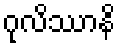
ဂုလိဿာနိ